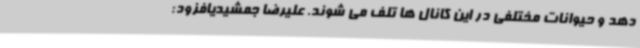
دهد و حیوانات مختلفی در این کانال ها تلف می شوند. علیرضا جمشیدیافزود: